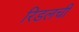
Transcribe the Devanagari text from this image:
रिडलची